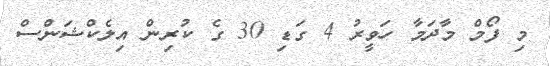
މި ފޯމް މާދަމާ ހަވީރު 4 ގަޑި 30 ގެ ކުރިން އިލެކްޝަންސް